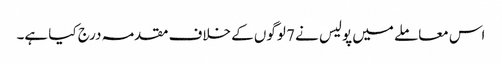
اس معاملے میں پولیس نے 7 لوگوں کے خلاف مقدمہ درج کیا ہے۔